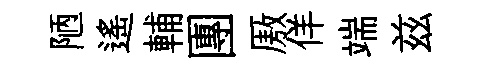
陋遥輔團厫佯端兹